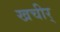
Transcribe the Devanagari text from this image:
खचीर्